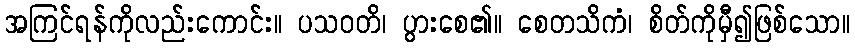
အကြင်ရန်ကိုလည်းကောင်း။ ပသဝတိ၊ ပွားစေ၏။ စေတသိကံ၊ စိတ်ကိုမှီ၍ဖြစ်သော။